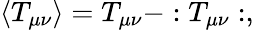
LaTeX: \langle T_{\mu\nu}\rangle=T_{\mu\nu}-:T_{\mu\nu}:,